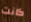
كانت